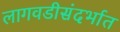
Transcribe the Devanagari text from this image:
लागवडीसंदर्भात